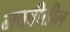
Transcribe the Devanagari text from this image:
नववीतील